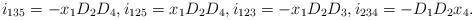
LaTeX: \begin{align*}i_{135}=-x_1D_2D_4,i_{125}=x_1D_2D_4,i_{123}=-x_1D_2D_3, i_{234}=-D_1D_2x_4.\end{align*}